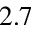
2 . 7